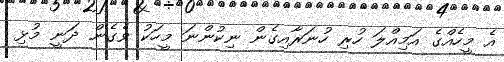
އެ މީހެއްގެ އަމިއްލަ ހުރި ހުނަރާއިގެން ނިކުންނަ މީހަކު ވެގެން ދަނީ މުޅި